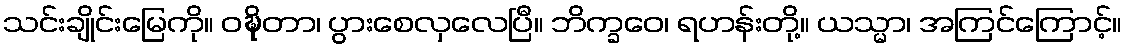
သင်းချိုင်းမြေကို။ ဝဍ္ဎိတာ၊ ပွားစေလှလေပြီ။ ဘိက္ခဝေ၊ ရဟန်းတို့။ ယသ္မာ၊ အကြင်ကြောင့်။